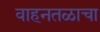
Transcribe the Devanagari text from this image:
वाहनतळाचा